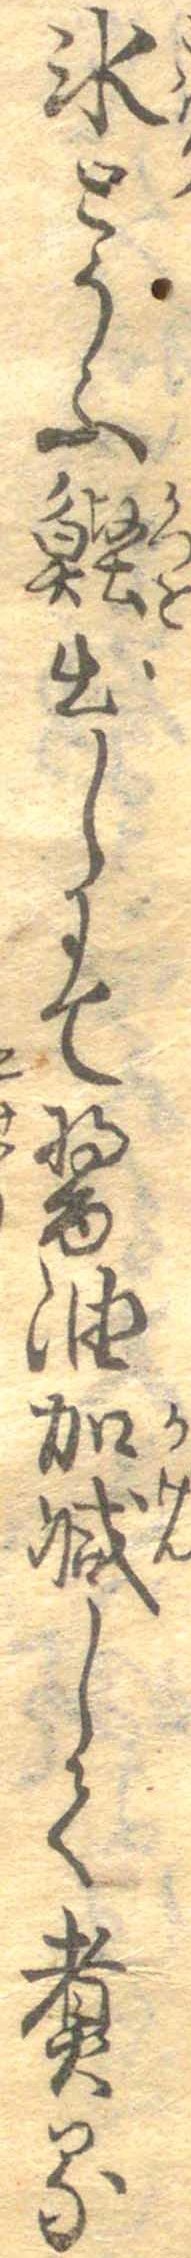
氷とうふ鰹出しにて醤油加減して煮る